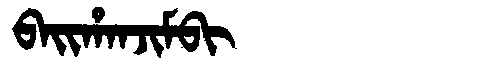
Manchu: ᠪᠠᡳᡥᠠᠨᠵᡳᠮᠪᡳ
Romanization: BAIHANJIMBI